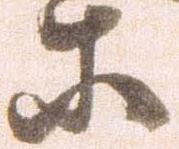
等